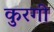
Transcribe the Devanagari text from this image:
कुरगी